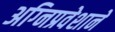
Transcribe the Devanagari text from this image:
अग्‍निप्रवेशाने